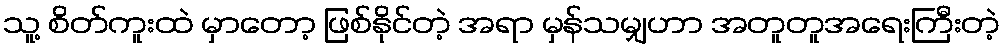
သူ့ စိတ်ကူးထဲ မှာတော့ ဖြစ်နိုင်တဲ့ အရာ မှန်သမျှဟာ အတူတူအရေးကြီးတဲ့